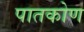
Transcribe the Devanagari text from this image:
पातकोण